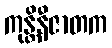
ကုန္တိနီဇာတက